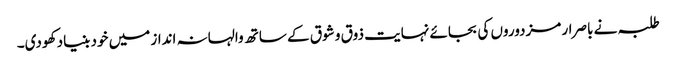
طلبہ نے باصرار مزدوروں کی بجائے نہایت ذوق و شوق کے ساتھ والہانہ انداز میں خود بنیاد کھودی۔